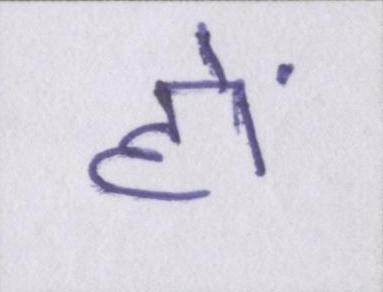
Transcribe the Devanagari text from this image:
हों